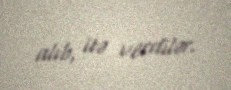
alıb, itə verdilər.